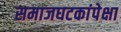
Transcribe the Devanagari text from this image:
समाजघटकांपेक्षा